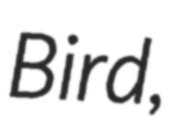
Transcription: Bird,